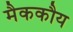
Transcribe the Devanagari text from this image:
मैककौय